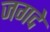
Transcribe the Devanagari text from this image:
जगदे